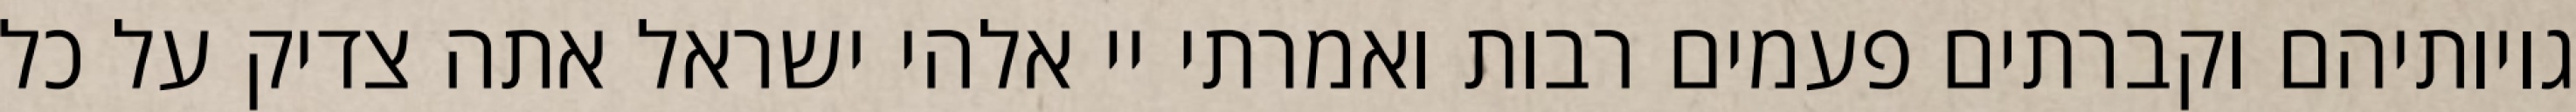
גויותיהם וקברתים פעמים רבות ואמרתי יי אלהי ישראל אתה צדיק על כל